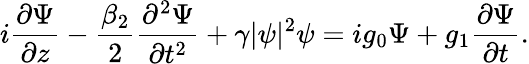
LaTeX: i\frac{\partial\Psi}{\partial z}-\frac{\beta_{2}}{2}\frac{\partial^{2}\Psi}{\partial t^{2}}+\gamma|\psi|^{2}\psi=ig_{0}\Psi+g_{1}\frac{\partial\Psi}{\partial t}.